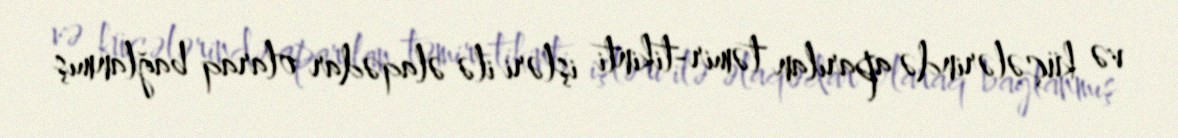
və küçələrində aparılan təmir-tikinti işləri ilə əlaqədar olaraq bağlanmış